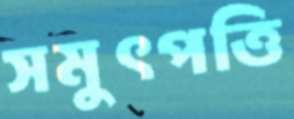
সমুৎপত্তি